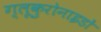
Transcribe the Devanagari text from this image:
ग्लूकुरोनाइडों